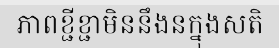
ភាពខ្ជីខ្ជាមិននឹងនក្នុងសតិ